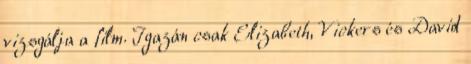
vizsgálja a film. Igazán csak Elizabeth, Vickers és David